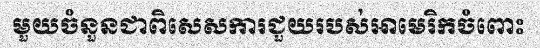
មួយចំនួនជាពិសេសការជួយរបស់អាមេរិកចំពោះ